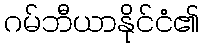
ဂမ်ဘီယာနိုင်ငံ၏